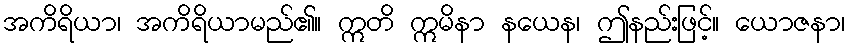
အကိရိယာ၊ အကိရိယာမည်၏။ ဣတိ ဣမိနာ နယေန၊ ဤနည်းဖြင့်။ ယောဇနာ၊